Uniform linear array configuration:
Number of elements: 8
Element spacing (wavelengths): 0.5
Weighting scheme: uniform
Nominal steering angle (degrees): -15
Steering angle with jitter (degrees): -14.449
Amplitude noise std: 0.05
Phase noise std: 0.05

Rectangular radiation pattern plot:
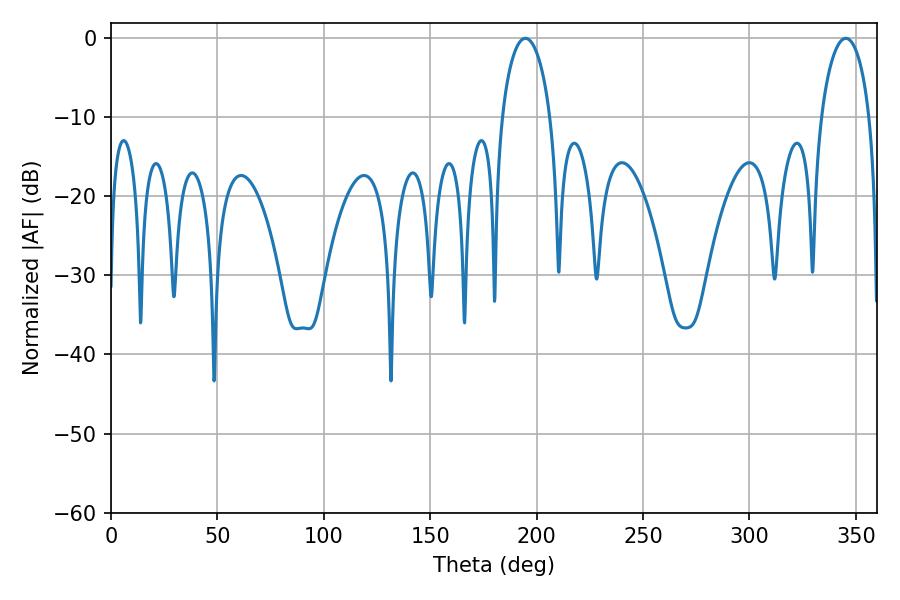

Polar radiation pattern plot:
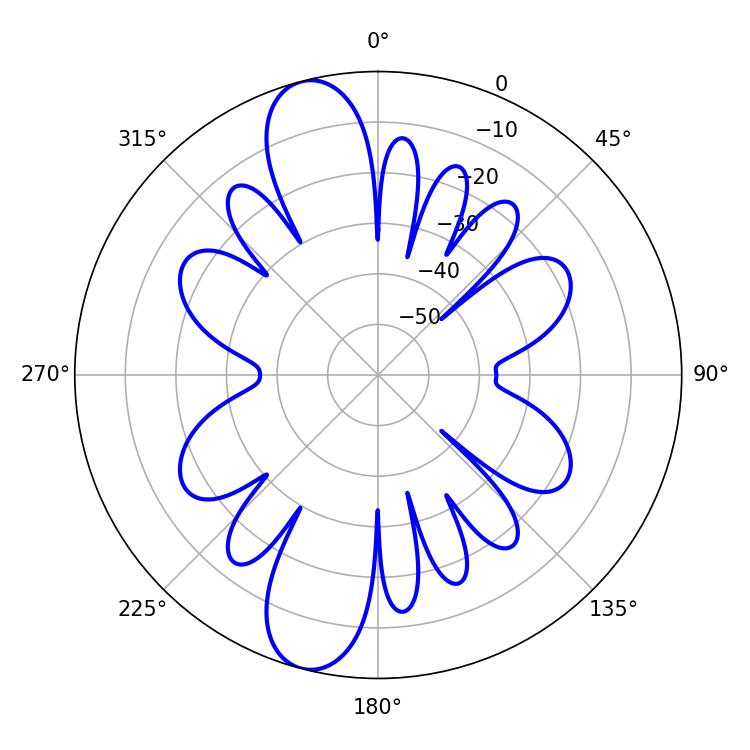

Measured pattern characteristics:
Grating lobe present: FALSE
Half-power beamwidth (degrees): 13.14
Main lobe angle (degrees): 194.76